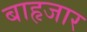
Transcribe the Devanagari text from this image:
बाहृजार